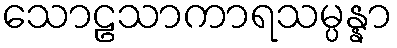
သောဠသာကာရသမ္ပန္နာ